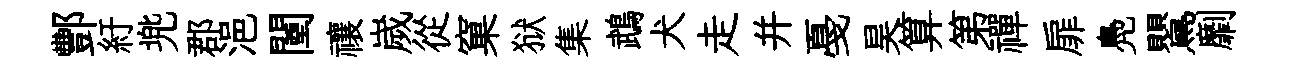
酆紆兠郡浥闉禳嵗從窠狱集鵡犬走并戞昊算第禪扉鳧鸎劘